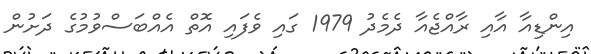
އިންޑިއާ އާއި ރާއްޖެއާ ދެމެދު 1979 ގައި ވެފައި އޮތް އެއްބަސްވުމުގެ ދަށުން